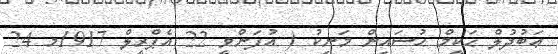
ޢަބުދުލް ޙަކީމް ޙުސައިން މަނިކު ( އުފަންވީ 22 އެޕްރީލް 1917މ 24